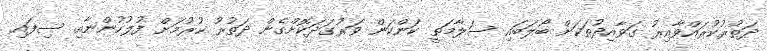
ދަތުރުކުރައްވާއިރު ގަވާއިދުތަކަށް ބޯލަބައި ސަލާމަތީ ކަންކަން ވަރުގަދަކޮށްގެން ދަތުރު ކުރުމަށް ފުލުހުންނާއި ސިފައި